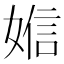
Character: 㜃